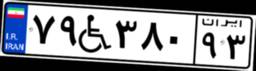
۰۷W۴۳۹۹۳